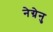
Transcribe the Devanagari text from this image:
नेग्रेनु